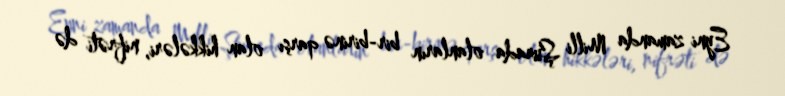
Eyni zamanda Milli Şurada olanların bir-birinə qarşı olan hikkələri, nifrəti də